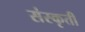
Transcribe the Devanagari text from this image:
संस्कृती